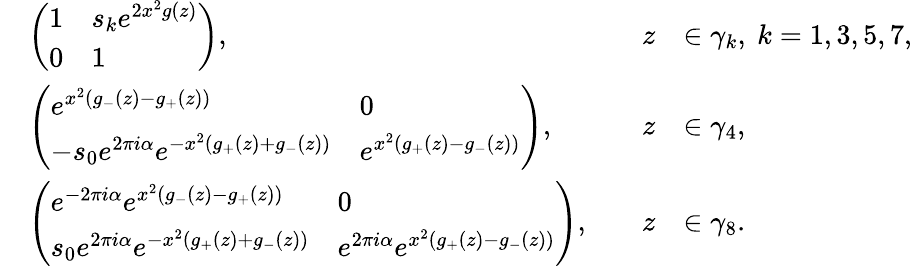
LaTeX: \begin{array}{rlrl}&{\left(\begin{array}{ll}{1}&{s_{k}e^{2x^{2}g(z)}}\\ {0}&{1}\end{array}\right),\quad}&{z}&{\in\gamma_{k},\ k=1,3,5,7,}\\ &{\left(\begin{array}{ll}{e^{x^{2}(g_{-}(z)-g_{+}(z))}}&{0}\\ {-s_{0}e^{2\pi i\alpha}e^{-x^{2}(g_{+}(z)+g_{-}(z))}}&{e^{x^{2}(g_{+}(z)-g_{-}(z))}}\end{array}\right),\quad}&{z}&{\in\gamma_{4},}\\ &{\left(\begin{array}{ll}{e^{-2\pi i\alpha}e^{x^{2}(g_{-}(z)-g_{+}(z))}}&{0}\\ {s_{0}e^{2\pi i\alpha}e^{-x^{2}(g_{+}(z)+g_{-}(z))}}&{e^{2\pi i\alpha}e^{x^{2}(g_{+}(z)-g_{-}(z))}}\end{array}\right),\quad}&{z}&{\in\gamma_{8}.}\end{array}